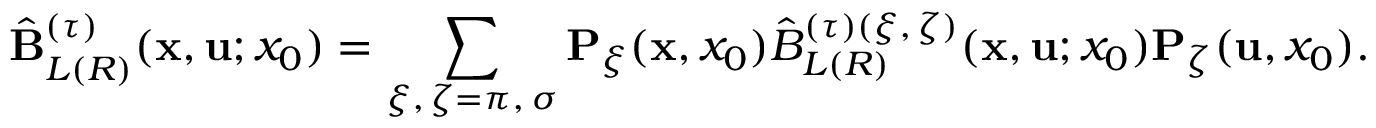
\hat { \bf B } _ { L ( R ) } ^ { ( \tau ) } ( { \bf x } , { \bf u } ; x _ { 0 } ) = \sum _ { \xi , \, \zeta = \pi , \, \sigma } { \bf P } _ { \xi } ( { \bf x } , x _ { 0 } ) \hat { B } _ { L ( R ) } ^ { ( \tau ) ( \xi , \, \zeta ) } ( { \bf x } , { \bf u } ; x _ { 0 } ) { \bf P } _ { \zeta } ( { \bf u } , x _ { 0 } ) .